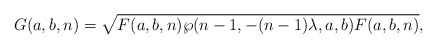
\begin{align*}G(a,b,n)=\sqrt{F(a,b,n)\wp(n-1,-(n-1)\lambda,a,b)F(a,b,n)} ,\end{align*}